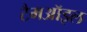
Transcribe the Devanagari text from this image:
टैमऑइल